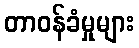
တာဝန်ခံမှုများ